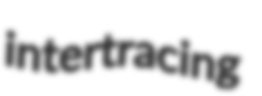
intertracing